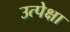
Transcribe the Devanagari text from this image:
उत्पेक्षा